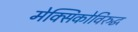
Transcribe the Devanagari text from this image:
मेक्सिकोविरुद्ध